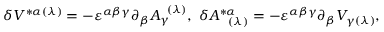
\delta V ^ { * \alpha ( \lambda ) } = - \varepsilon ^ { \alpha \beta \gamma } \partial _ { \beta } A _ { \gamma } ^ { \; \; ( \lambda ) } , \; \delta A _ { \; \; \; ( \lambda ) } ^ { * \alpha } = - \varepsilon ^ { \alpha \beta \gamma } \partial _ { \beta } V _ { \gamma ( \lambda ) } ,